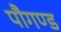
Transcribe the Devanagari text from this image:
पौगण्ड